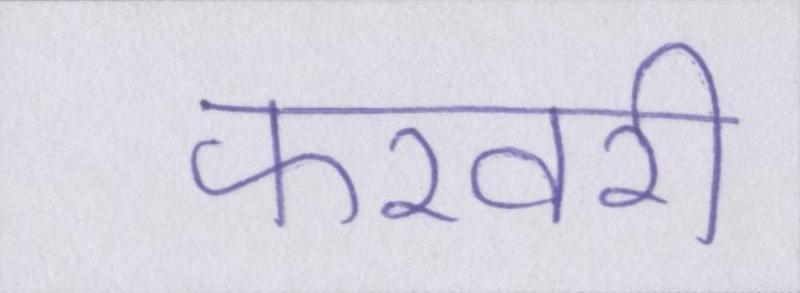
फरवरी